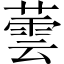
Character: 蕓